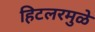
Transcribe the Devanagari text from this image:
हिटलरमुळे